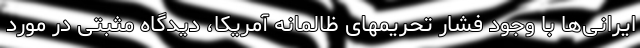
ایرانی‌ها با وجود فشار تحریمهای ظالمانه آمریکا، دیدگاه مثبتی در مورد